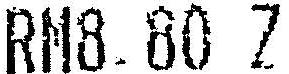
RM8.80 Z